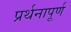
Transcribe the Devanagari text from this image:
प्रर्थनापूर्ण